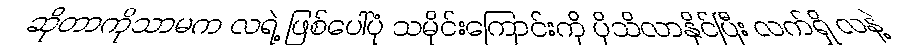
ဆိုတာကိုသာမက လရဲ့ ဖြစ်ပေါ်ပုံ သမိုင်းကြောင်းကို ပိုသိလာနိုင်ပြီး လက်ရှိ လနဲ့